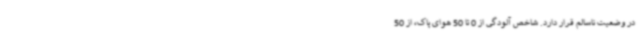
در وضعیت ناسالم قرار دارد. شاخص آلودگی از 0 تا 50 هوای پاک، از 50